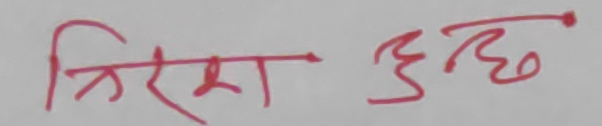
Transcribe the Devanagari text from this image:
त्रिश हुन्छ